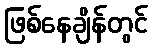
ဖြစ်နေချိန်တွင်